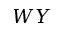
W Y